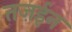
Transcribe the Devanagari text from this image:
तज़ईन